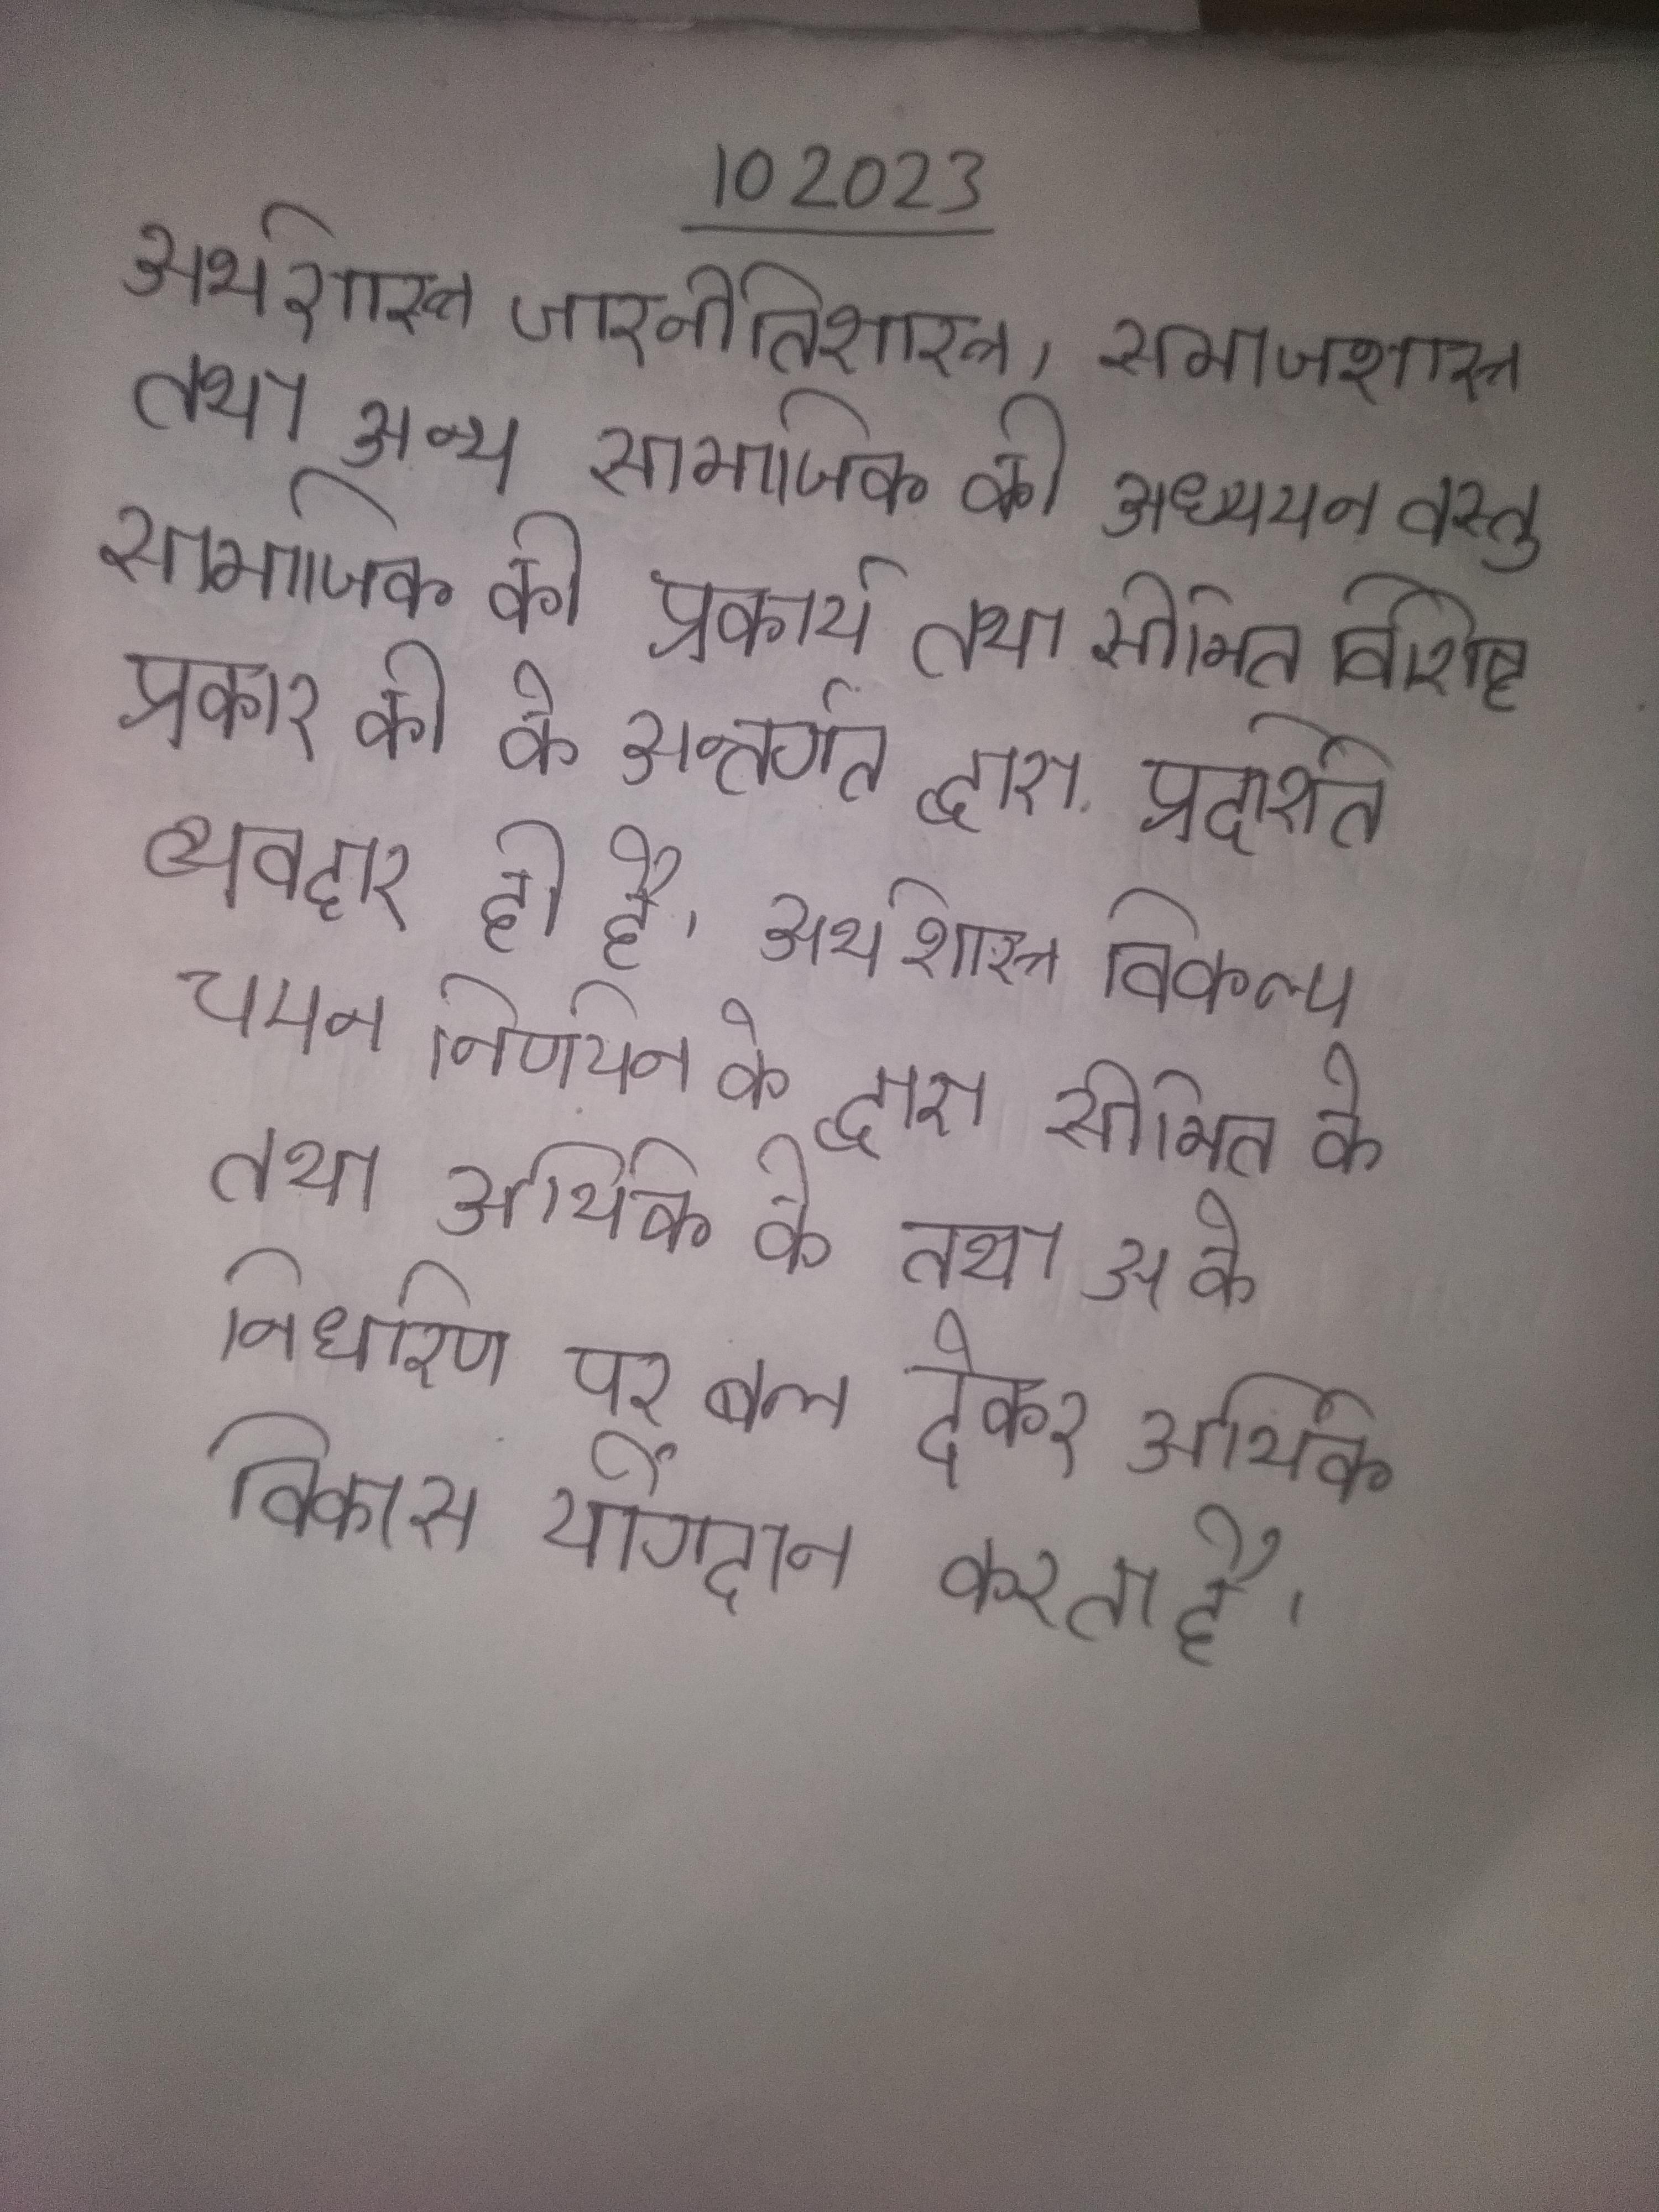
अर्थशास्त्र, राजनीतिशास्त्र, समाजशास्त्र तथा अन्य सामाजिक की अध्ययन वस्तु सामाजिक की प्रकार्य तथा सीमित विशिष्ट प्रकार की के अन्तर्गत द्वारा प्रदर्शित व्यवहार ही है । अर्थशास्त्र विकल्प चयन निर्णयन के द्वारा सीमित के तथा आर्थिक के निर्धारण पर बल देकर आर्थिक विकास योगदान करता है ।